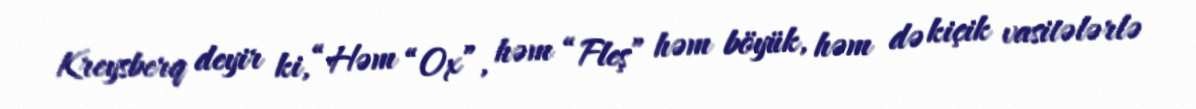
Kreysberq deyir ki, “Həm “Ox”, həm “Fleş” həm böyük, həm də kiçik vasitələrlə